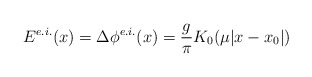
\begin{align*}E^{e.i.}(x) = \Delta\phi^{e.i.}(x) = \frac{g}{\pi}K_0(\mu|x-x_0|)\end{align*}